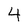
Character: 4